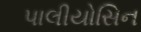
પાલીયોસિન